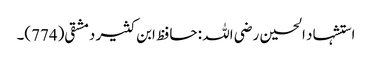
استشہاد الحسین رضی اللہ : حافظ ابن کثیر دمشقی(774)۔